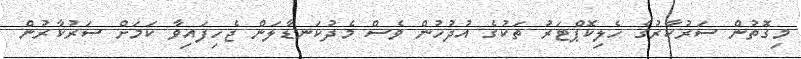
މިގޮތުން ސަރުކާރުގެ ހެލިކޮޕްޓަރު ތަކުގެ އުދުހުން ވެސް މެދުކަނޑާލަން ޖެހިފައިވާ ކަމަށް ސަރުކާރުން